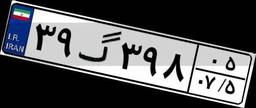
۳۹گ۳۹۸۰۵